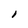
Character: 1